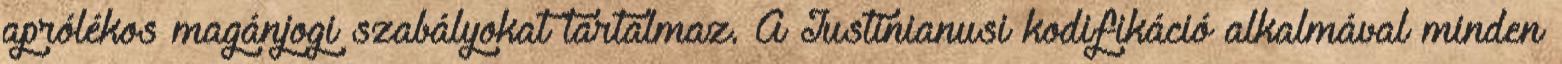
aprólékos magánjogi szabályokat tartalmaz. A Iustinianusi kodifikáció alkalmával minden